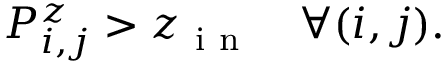
P _ { i , j } ^ { z } > z _ { \mathrm { ~ i ~ n ~ } } \quad \forall ( i , j ) .